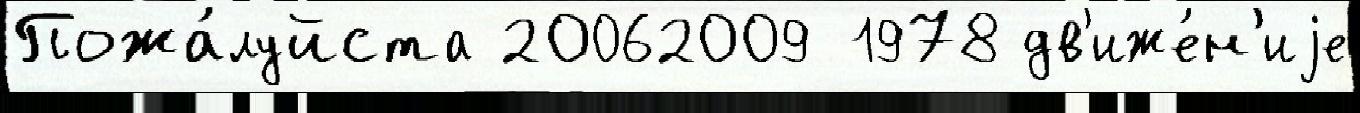
Пожа́луйста 20062009 1978 дв'иже́н'иjе